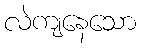
လဲကျနေသော